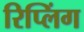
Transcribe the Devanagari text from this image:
रिप्लिंग